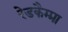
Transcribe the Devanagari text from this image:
रेडकैम्प्रा